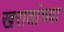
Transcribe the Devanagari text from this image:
खरातांच्या